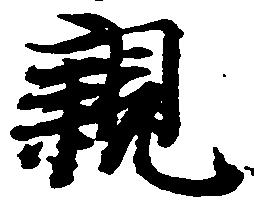
親